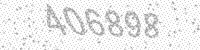
Solution: 406898